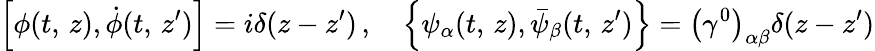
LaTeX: \left[\phi(t,\, z),\dot{\phi}(t,\, z^{\prime})\right]=i\delta(z-z^{\prime})\, ,\quad\left\{ \psi_{\alpha}(t,\, z),\bar{\psi}_{\beta}(t,\, z^{\prime})\right\} =\left(\gamma^{0}\right)_{\alpha\beta}\delta(z-z^{\prime})